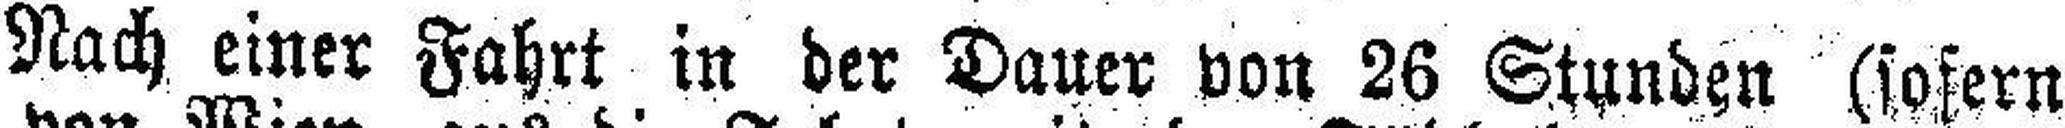
Nach einer Fahrt in der Dauer von 26 Stunden (sofern